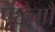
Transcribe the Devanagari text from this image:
पूंछैगौ